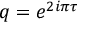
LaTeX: q = e ^ { 2 i \pi \tau }